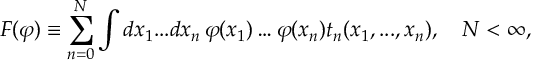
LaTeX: F ( \varphi ) \equiv \sum _ { n = 0 } ^ { N } \int d x _ { 1 } . . . d x _ { n } \, \varphi ( x _ { 1 } ) \ldots \varphi ( x _ { n } ) t _ { n } ( x _ { 1 } , . . . , x _ { n } ) , \quad N < \infty ,